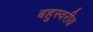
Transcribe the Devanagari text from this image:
बहुस्वरीय